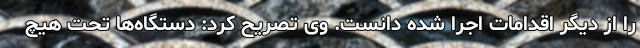
را از دیگر اقدامات اجرا شده دانست. وی تصریح کرد: دستگاه‌ها تحت هیچ